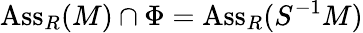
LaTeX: \operatorname{Ass}_{R}(M)\cap\Phi=\operatorname{Ass}_{R}(S^{-1}M)